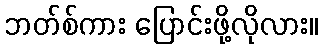
ဘတ်စ်ကား ပြောင်းဖို့လိုလား။